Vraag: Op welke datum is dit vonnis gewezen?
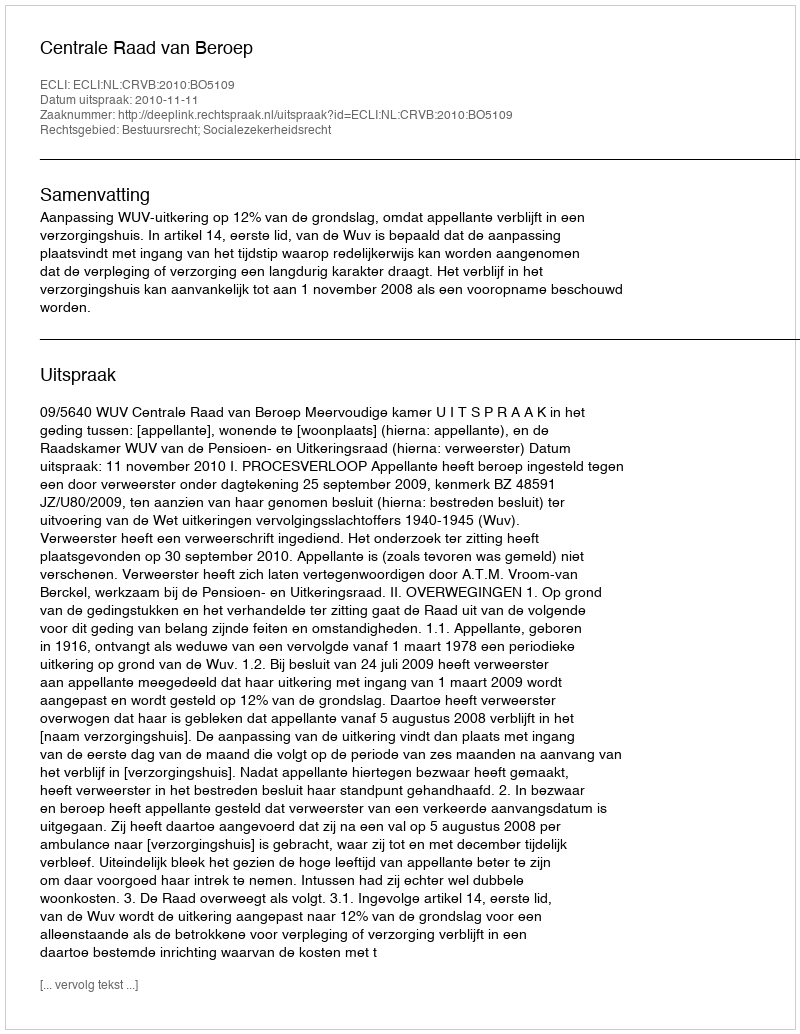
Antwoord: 2010-11-11